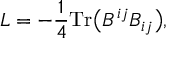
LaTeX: { \cal L } = - \frac { 1 } { 4 } \mathrm { T r } \bigl ( B ^ { i j } B _ { i j } \bigr ) ,